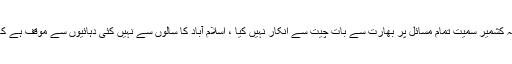
حوصلہ افزاءامر یہ ہے کہ پاکستان نے کبھی بھی مسلہ کشمیر سمیت تمام مسائل پر بھارت سے بات چیت سے انکار نہیں کیا ، اسلام آباد کا سالوں سے نہیں کئی دہائیوں سے موقف ہے کہ بھارت دل بڑا کرکے مذاکرت کے لیے آگے بڑھے۔